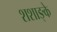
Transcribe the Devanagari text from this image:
शशाङ्के